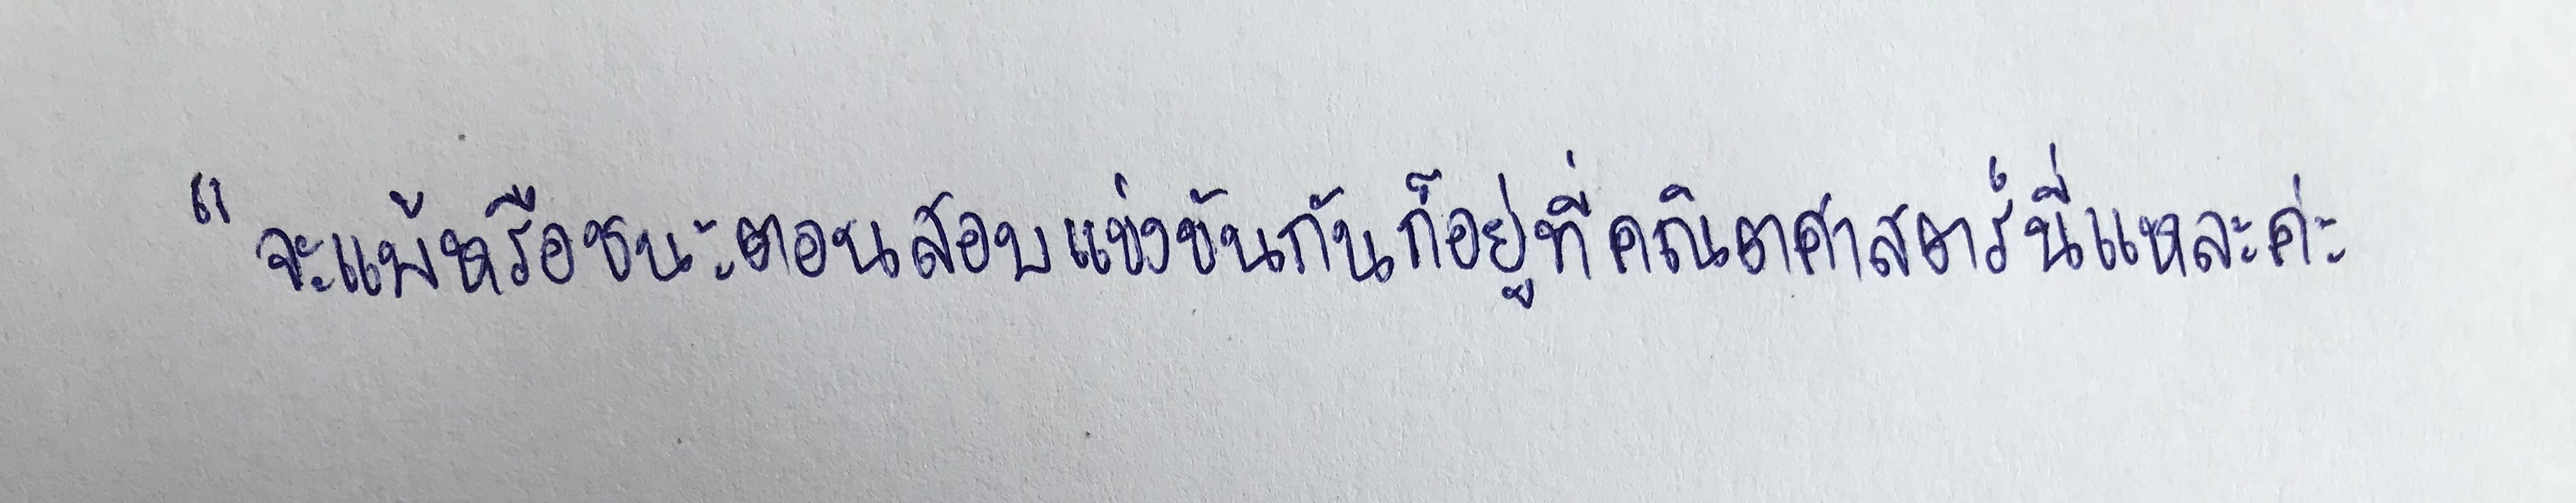
"จะแพ้หรือชนะตอนสอบแข่งขันกันก็อยู่ที่คณิตศาสตร์นี่แหละค่ะ